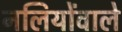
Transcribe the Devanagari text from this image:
नलियोंवाले